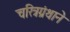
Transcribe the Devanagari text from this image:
चरित्रग्रंथाने